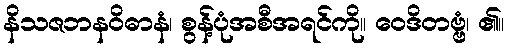
နိသဇဘနဝိဓာနံ၊ စွန့်ပုံအစီအရင်ကို။ ဝေဒိတဗ္ဗံ၊ ၏။